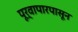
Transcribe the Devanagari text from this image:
पूर्वापारपासून